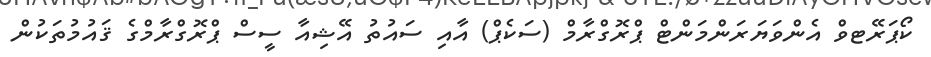
ކޯޕަރޭޓވް އެންވަޔަރަންމަންޓް ޕްރޮގްރާމް (ސަކެޕް) އާއި ސައުތު އޭޝިއާ ސީސް ޕްރޮގްރާމްގެ ޤައުމުތަކުން